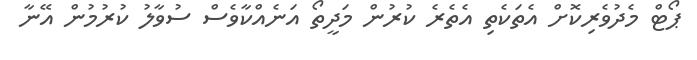
ޕޯޓް މެދުވެރިކޮށް އެތަކެތި އެތެރެ ކުރުން މަދީތޯ އަނެއްކާވެސް ސުވާލު ކުރުމުން އޭނާ